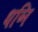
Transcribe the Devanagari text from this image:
धव्नि